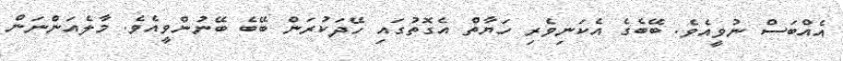
އެއްބަސް ނުވީއެވެ. ބޭބެގެ އެކަނިވެރި ހަޔާތް އެގޮތުގައި ހޭދަކުރަން ބޭބެ ބޭނުންވީއެވެ. މާލެއަންނަން